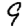
Digit: 9